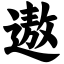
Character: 遨